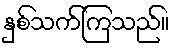
နှစ်သက်ကြသည်။